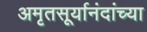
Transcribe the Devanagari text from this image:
अमृतसूर्यानंदांच्या